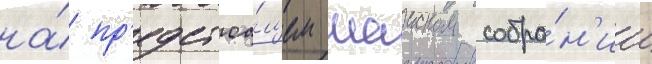
на́ пр'едстоа́щем маиском собра́н'ии